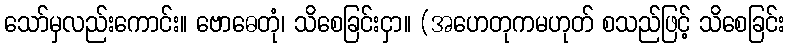
သော်မှလည်းကောင်း။ ဗောဓေတုံ၊ သိစေခြင်းငှာ။ (အဟေတုကမဟုတ် စသည်ဖြင့် သိစေခြင်း